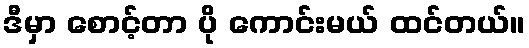
ဒီမှာ စောင့်တာ ပို ကောင်းမယ် ထင်တယ်။